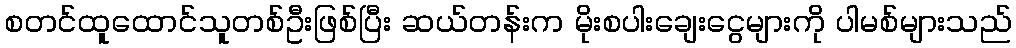
စတင်ထူထောင်သူတစ်ဦးဖြစ်ပြီး ဆယ်တန်းက မိုးစပါးချေးငွေများကို ပါမစ်များသည်